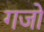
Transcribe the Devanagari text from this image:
गजो